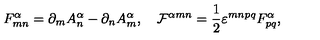
F _ { m n } ^ { \alpha } = \partial _ { m } A _ { n } ^ { \alpha } - \partial _ { n } A _ { m } ^ { \alpha } , \quad { \cal F } ^ { \alpha m n } = \frac { 1 } { 2 } \varepsilon ^ { m n p q } F _ { p q } ^ { \alpha } ,